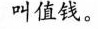
叫值钱。